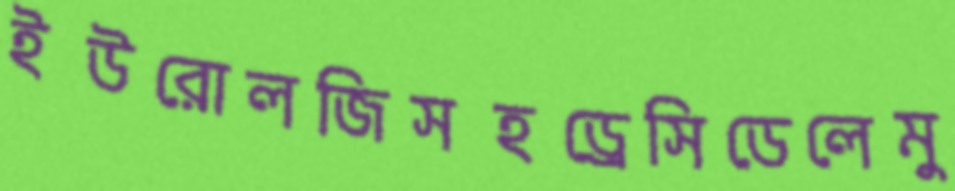
ইউরোলজিসহড্রেসিডেলেমু